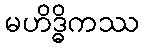
မဟိဒ္ဓိကဿ